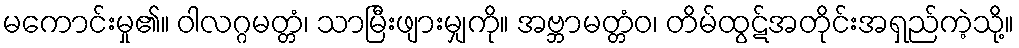
မကောင်းမှု၏။ ဝါလဂ္ဂမတ္တံ၊ သာမြီးဖျားမျှကို။ အဗ္ဘာမတ္တံဝ၊ တိမ်ထွဋ်အတိုင်းအရှည်ကဲ့သို့။